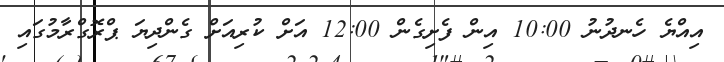
އިއްޔެ ހެނދުނު 10:00 އިން ފެށިގެން 12:00 އަށް ކުރިއަށް ގެންދިޔަ ޕްރޮގްރާމުގައި